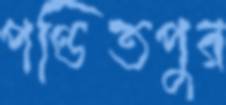
পণ্ডিতপুর